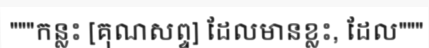
"""កន្លះ [គុណសព្ទ] ដែលមានខ្លះ, ដែល"""